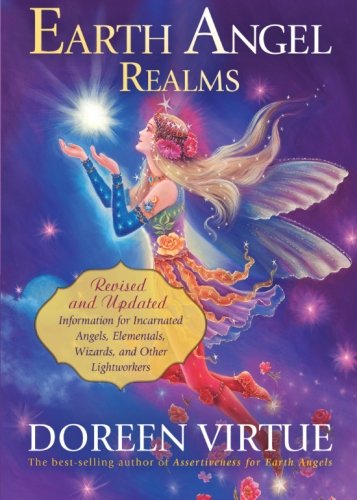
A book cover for Earth Angel Realms: Revised and Updated Information for Incarnated Angels, Elementals, Wizards, and Other Lightworkers; Doreen Virtue; Religion & Spirituality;